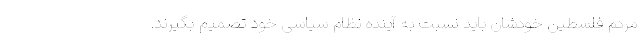
مردم فلسطین خودشان باید نسبت به آینده نظام سیاسی خود تصمیم بگیرند.